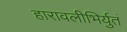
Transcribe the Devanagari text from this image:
हारावलीभिर्युतं